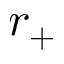
r _ { + }